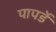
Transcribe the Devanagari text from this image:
पापर्डे